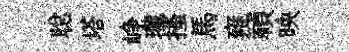
聪塔峥瓏搔馬雍禎映